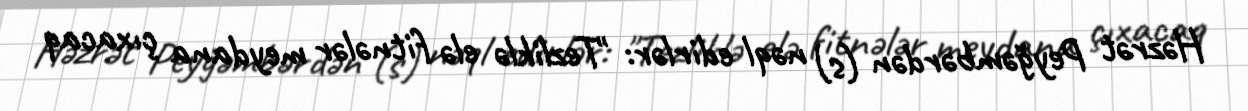
Həzrət Peyğəmbərdən (s) nəql edirlər: "Tezliklə elə fitnələr meydana çıxacaq